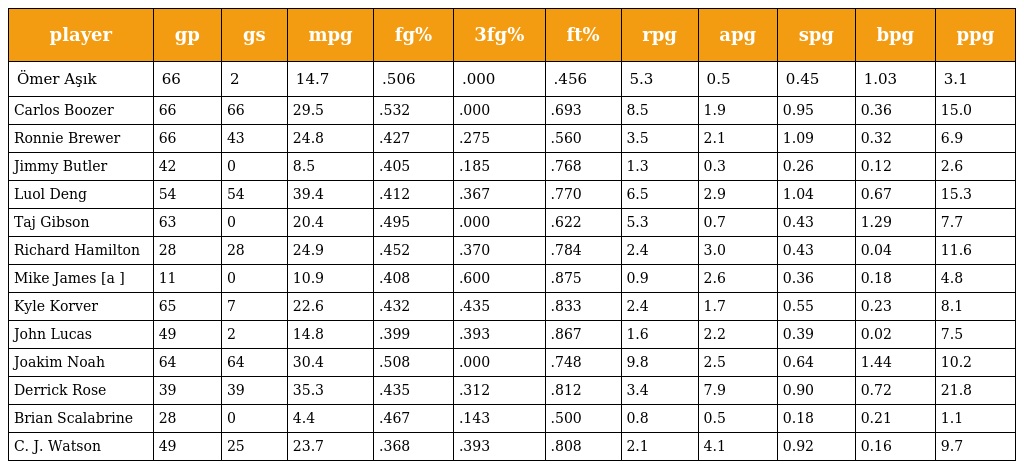
| player | gp | gs | mpg | fg% | 3fg% | ft% | rpg | apg | spg | bpg | ppg |
 | --- | --- | --- | --- | --- | --- | --- | --- | --- | --- | --- | --- |
 | Ömer Aşık | 66 | 2 | 14.7 | .506 | .000 | .456 | 5.3 | 0.5 | 0.45 | 1.03 | 3.1 |
 | Carlos Boozer | 66 | 66 | 29.5 | .532 | .000 | .693 | 8.5 | 1.9 | 0.95 | 0.36 | 15.0 |
 | Ronnie Brewer | 66 | 43 | 24.8 | .427 | .275 | .560 | 3.5 | 2.1 | 1.09 | 0.32 | 6.9 |
 | Jimmy Butler | 42 | 0 | 8.5 | .405 | .185 | .768 | 1.3 | 0.3 | 0.26 | 0.12 | 2.6 |
 | Luol Deng | 54 | 54 | 39.4 | .412 | .367 | .770 | 6.5 | 2.9 | 1.04 | 0.67 | 15.3 |
 | Taj Gibson | 63 | 0 | 20.4 | .495 | .000 | .622 | 5.3 | 0.7 | 0.43 | 1.29 | 7.7 |
 | Richard Hamilton | 28 | 28 | 24.9 | .452 | .370 | .784 | 2.4 | 3.0 | 0.43 | 0.04 | 11.6 |
 | Mike James [a ] | 11 | 0 | 10.9 | .408 | .600 | .875 | 0.9 | 2.6 | 0.36 | 0.18 | 4.8 |
 | Kyle Korver | 65 | 7 | 22.6 | .432 | .435 | .833 | 2.4 | 1.7 | 0.55 | 0.23 | 8.1 |
 | John Lucas | 49 | 2 | 14.8 | .399 | .393 | .867 | 1.6 | 2.2 | 0.39 | 0.02 | 7.5 |
 | Joakim Noah | 64 | 64 | 30.4 | .508 | .000 | .748 | 9.8 | 2.5 | 0.64 | 1.44 | 10.2 |
 | Derrick Rose | 39 | 39 | 35.3 | .435 | .312 | .812 | 3.4 | 7.9 | 0.90 | 0.72 | 21.8 |
 | Brian Scalabrine | 28 | 0 | 4.4 | .467 | .143 | .500 | 0.8 | 0.5 | 0.18 | 0.21 | 1.1 |
 | C. J. Watson | 49 | 25 | 23.7 | .368 | .393 | .808 | 2.1 | 4.1 | 0.92 | 0.16 | 9.7 |